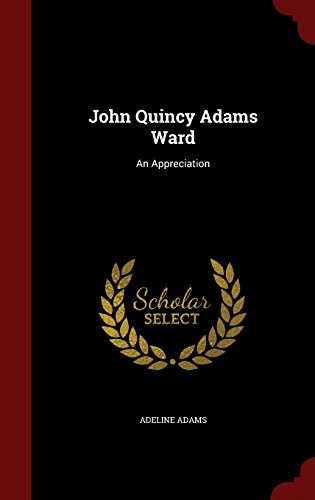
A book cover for John Quincy Adams Ward: An Appreciation; Adeline Adams; Arts & Photography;